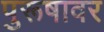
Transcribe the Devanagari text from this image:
पुरूषावर